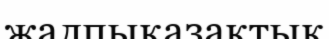
жалпықазақтық